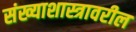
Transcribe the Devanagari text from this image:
संख्याशास्त्रावरील